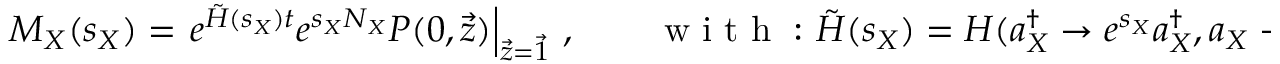
M _ { X } ( s _ { X } ) = \left. e ^ { \tilde { H } ( s _ { X } ) t } e ^ { s _ { X } N _ { X } } P ( 0 , \vec { z } ) \right| _ { \vec { z } = \vec { 1 } } \, , \qquad \mathrm { ~ w ~ i ~ t ~ h ~ : ~ } \tilde { H } ( s _ { X } ) = H ( a _ { X } ^ { \dagger } \to e ^ { s _ { X } } a _ { X } ^ { \dagger } , a _ { X } \to e ^ { - s _ { X } } a _ { X } ) ~ .